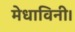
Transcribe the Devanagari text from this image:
मेधाविनी।